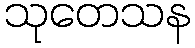
သုတေသန